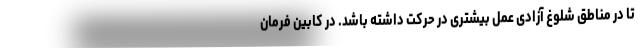
تا در مناطق شلوغ آزادی عمل بیشتری در حرکت داشته باشد. در کابین فرمان